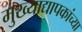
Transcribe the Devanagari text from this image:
मुख्‍याद्यापकांच्‍या